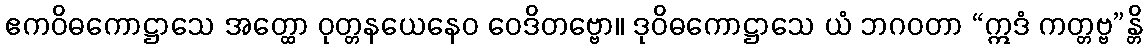
ဧကဝိဓကောဋ္ဌာသေ အတ္ထော ဝုတ္တနယေနေဝ ဝေဒိတဗ္ဗော။ ဒုဝိဓကောဋ္ဌာသေ ယံ ဘဂဝတာ “ဣဒံ ကတ္တဗ္ဗ”န္တိ